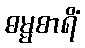
ဓမ္မစာရိံ